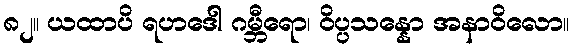
၈၂။ ယထာပိ ရဟဒေါ ဂမ္ဘီရော၊ ဝိပ္ပသန္နော အနာဝိလော။